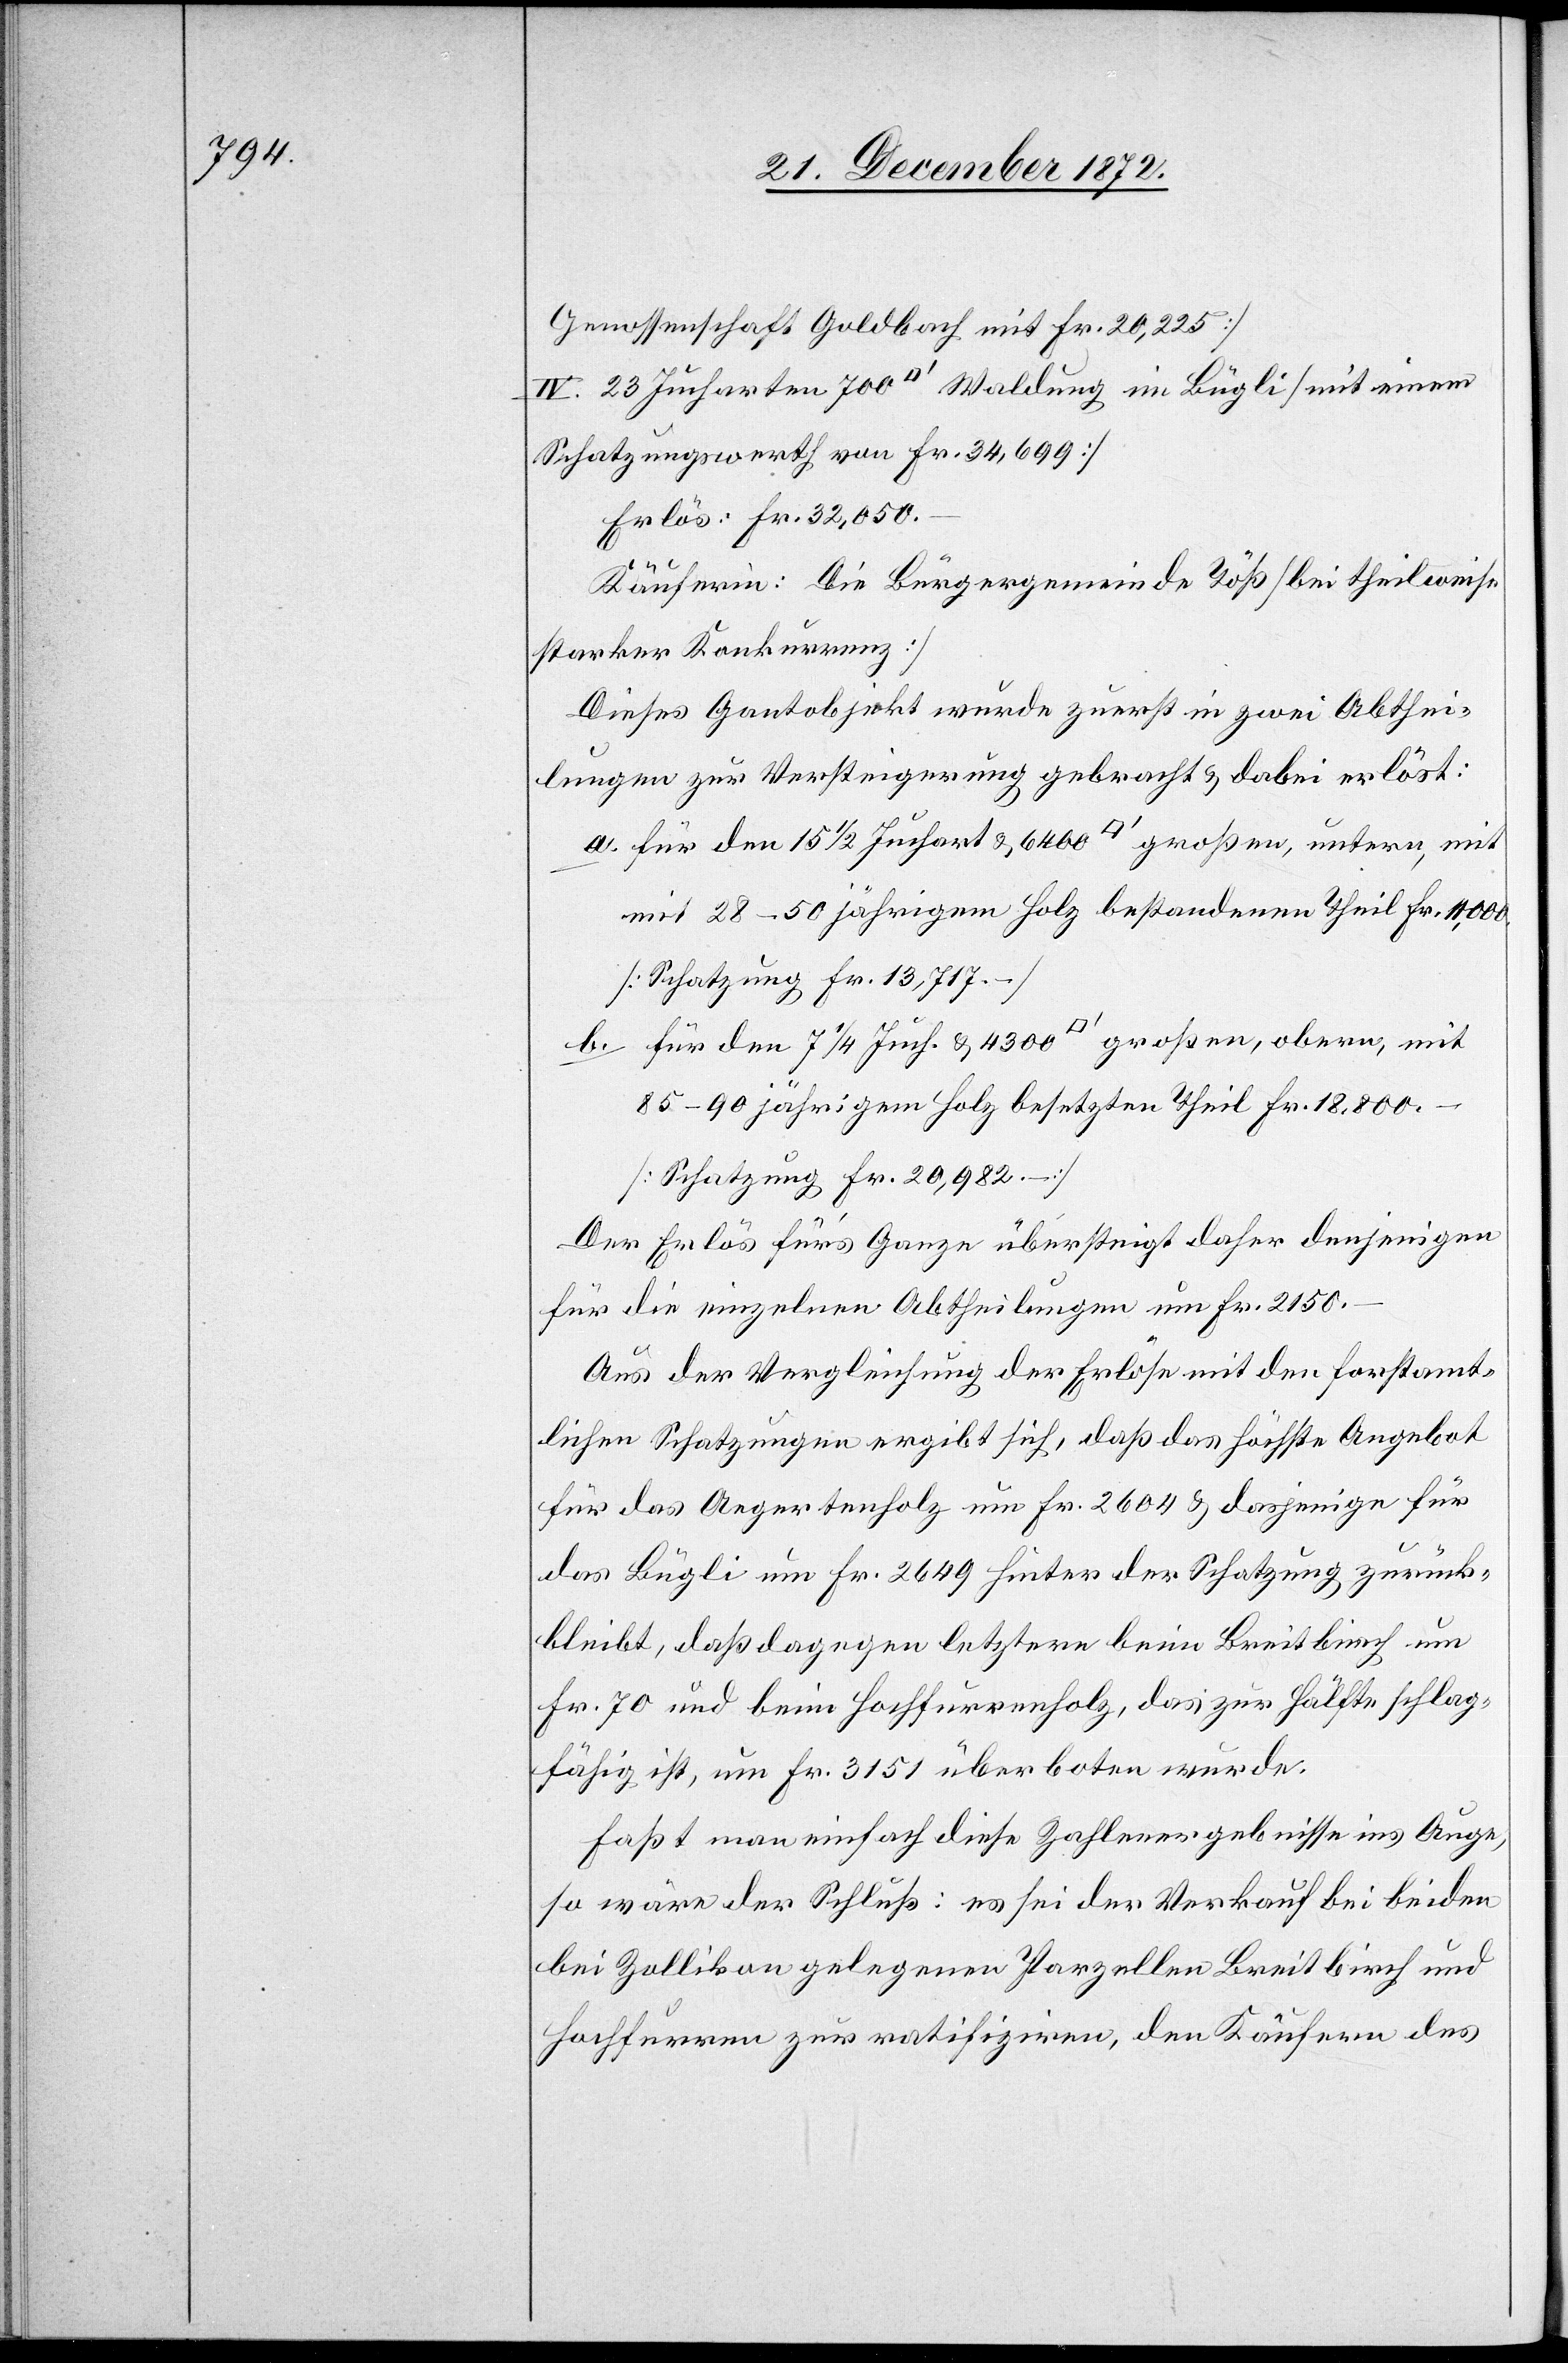
Genossenschaft Goldbach mit Fr. 20,225]
Schatzungswerth von Fr. 34,699]
Erlös: Fr. 32,050.–
Käuferin: Die Bürgergemeinde Töß [bei theilweise
starker Konkurrenz]
Dieses Gantobjekt wurde zuerst in zwei Abthei¬
lungen zur Versteigerung gebracht u. dabei erlöst:
a. für den 15 1/2 Juchart u. 6400 [Quadratfuss] großen, untern, mit
[sic!] 28–50 jährigen Holz bestandenen Theil Fr. 11,000.
[Schatzung Fr. 13,717.–]
b. für den 7 1/4 Juch. u. 4300 [Quadratfuss] großen, obern, mit
85–90 jährigen Holz besetzten Theil Fr. 18,800.–
[Schatzung Fr. 20,982.–]
Der Erlös für’s Ganze übersteigt daher denjenigen
für die einzelnen Abtheilungen um Fr. 2150.–
Aus der Vergleichung der Erlöse mit den forstamt¬
lichen Schatzungen ergibt sich, daß das höchste Angebot
für das Aegertenholz um Fr. 2604 u. dasjenige für
das Bügli um Fr. 2649 hinter der Schatzung zurück¬
bleibt, daß dagegen letztere beim Breitbirch um
Fr. 70 und beim Hochfurrenholz, das zur Hälfte schlag¬
fähig ist, um Fr. 3151 überboten wurde.
Faßt man einfach diese Zahlenergebnisse ins Auge,
so wäre der Schluß: es sei der Verkauf bei beiden
bei Zollikon gelegenen Parzellen Breitbirch und
Hochfurren zur ratifiziren, den Käufern des